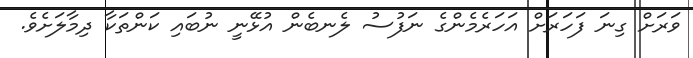
ވަރަށް ގިނަ ފަހަރަށް އަހަރެމެންގެ ނަފުސު ލެނބެން އުޅޭނީ ނުބައި ކަންތަކާ ދިމާލަށެވެ.